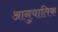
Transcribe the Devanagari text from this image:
आनुयातिक